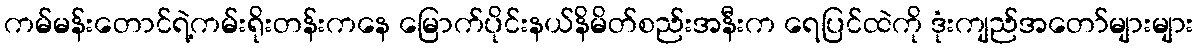
ကမ်မန်းတောင်ရဲ့ကမ်းရိုးတန်းကနေ မြောက်ပိုင်းနယ်နိမိတ်စည်းအနီးက ရေပြင်ထဲကို ဒုံးကျည်အတော်များများ